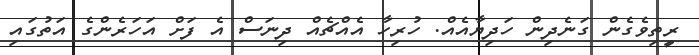
ރީތިވެގެން ގަނެދިން ހަދިޔާއެއް. ހުރިހާ އެއްޗެއް ދިނަސް އެ ފަށް އަހަރެންގެ އަތުގައި